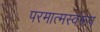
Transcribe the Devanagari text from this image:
परमात्मस्वरूप